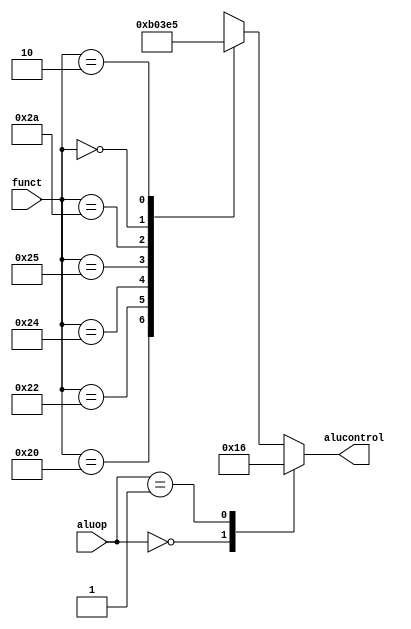
// ALU Decoder
module aludec(
	input		[5:0]	funct,
	input		[1:0]	aluop,
	output reg	[2:0]	alucontrol );

	always @(*)
		case(aluop)
			2'b00: alucontrol <= 3'b010;  // add
			2'b01: alucontrol <= 3'b110;  // sub
			default: case(funct)          // RTYPE
				6'b100000: alucontrol <= 3'b010; // ADD
				6'b100010: alucontrol <= 3'b110; // SUB
				6'b100100: alucontrol <= 3'b000; // AND
				6'b100101: alucontrol <= 3'b001; // OR
				6'b101010: alucontrol <= 3'b111; // SLT
				6'b000000: alucontrol <= 3'b100; // SLL
				6'b000010: alucontrol <= 3'b101; // SLR
				default:   alucontrol <= 3'bxxx; // ???
			endcase
		endcase
endmodule